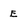
Character: E